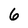
Character: 6